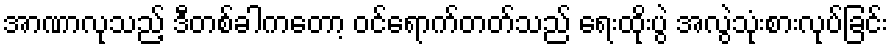
အာဏာလုသည့် ဒီတစ်ခါကတော့ ဝင်ရောက်တတ်သည် ရေးထိုးပွဲ အလွဲသုံးစားလုပ်ခြင်း